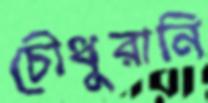
চৌধুরানি